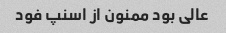
عالی بود ممنون از اسنپ‌ فود